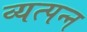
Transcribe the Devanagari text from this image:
व्‍यत्‍पन्‍न